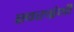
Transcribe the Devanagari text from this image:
स्वरग्रंथी